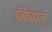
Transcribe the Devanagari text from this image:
निष्पन्